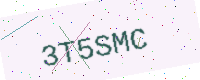
Text: 3T5SMC